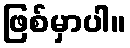
ဖြစ်မှာပါ။